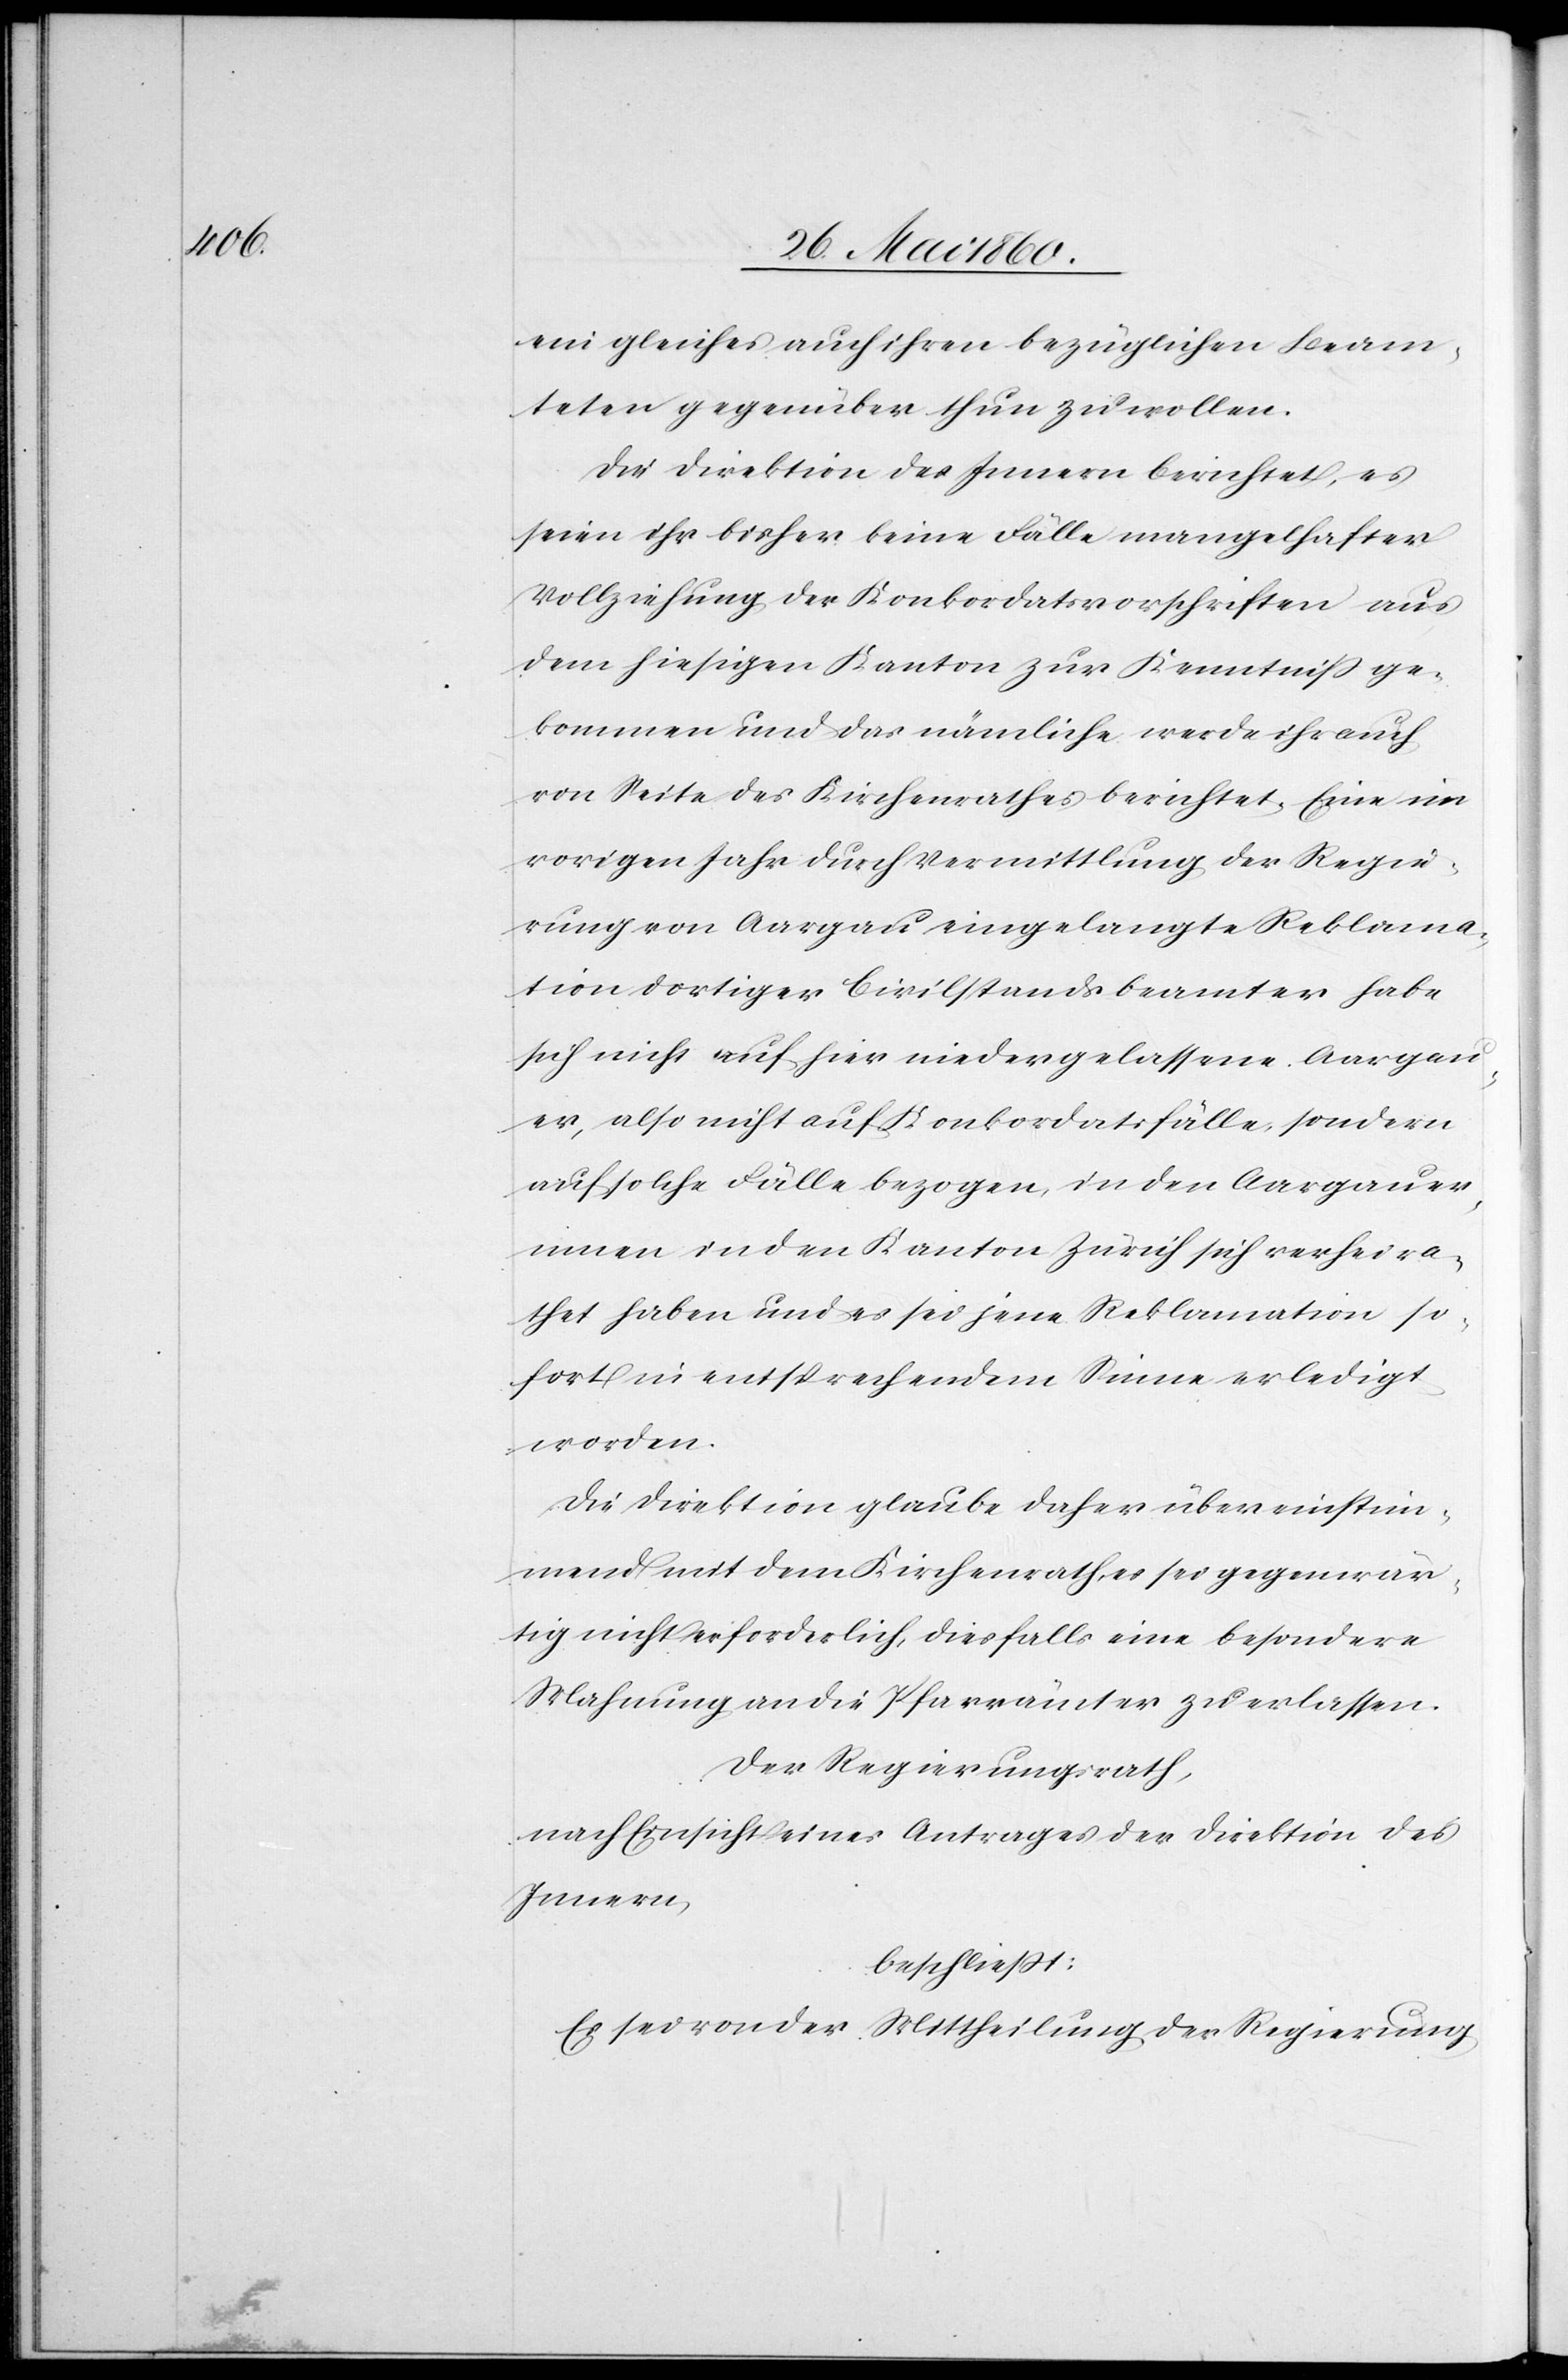
ein gleiches auch ihren bezüglichen Beam¬
teten gegenüber thun zu wollen.
Die Direktion des Innern berichtet, es
seien ihr bisher keine Fälle mangelhafter
Vollziehung der Konkordatsvorschriften aus
dem hiesigen Kanton zur Kenntniss ge¬
kommen und das nämliche werde ihr auch
von Seite des Kirchenrathes berichtet. Eine im
vorigen Jahr durch Vermittlung der Regie¬
rung von Aargau eingelangte Reklama¬
tion dortiger Civilstandsbeamter habe
sich nicht auf hier niedergelassene Aargau¬
er, also nicht auf Konkordatsfälle, sondern
auf solche Fälle bezogen, in den Aargauer¬
innen in den Kanton Zürich sich verheira¬
thet haben und es sei jene Reklamation so¬
fort in entsprechendem Sinne erledigt
worden.
Die Direktion glaube daher, übereinstim¬
mend mit dem Kirchenrath, es sei gegenwär¬
tig nicht erforderlich, diesfalls eine besondere
Mahnung an die Pfarrämter zu erlassen.
Der Regierungsrath,
nach Einsicht eines Antrages der Direktion des
Innern,
beschliesst:
Es sei von der Mittheilung der Regierung